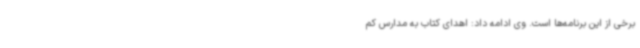
برخی از این برنامه‌ها است. وی ادامه داد:‌ اهدای کتاب به مدارس کم‌